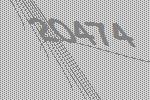
20474